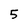
Character: 5